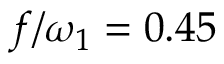
f / \omega _ { 1 } = 0 . 4 5